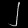
Digit: ၂